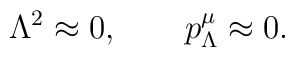
\Lambda^2\approx0, \qquad p^\mu_\Lambda\approx0.